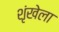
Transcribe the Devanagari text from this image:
शृंखेला